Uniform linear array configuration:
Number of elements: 4
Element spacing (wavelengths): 0.25
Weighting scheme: binomial
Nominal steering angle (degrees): -15
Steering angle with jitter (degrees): -15.041
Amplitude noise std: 0.05
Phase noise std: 0.05

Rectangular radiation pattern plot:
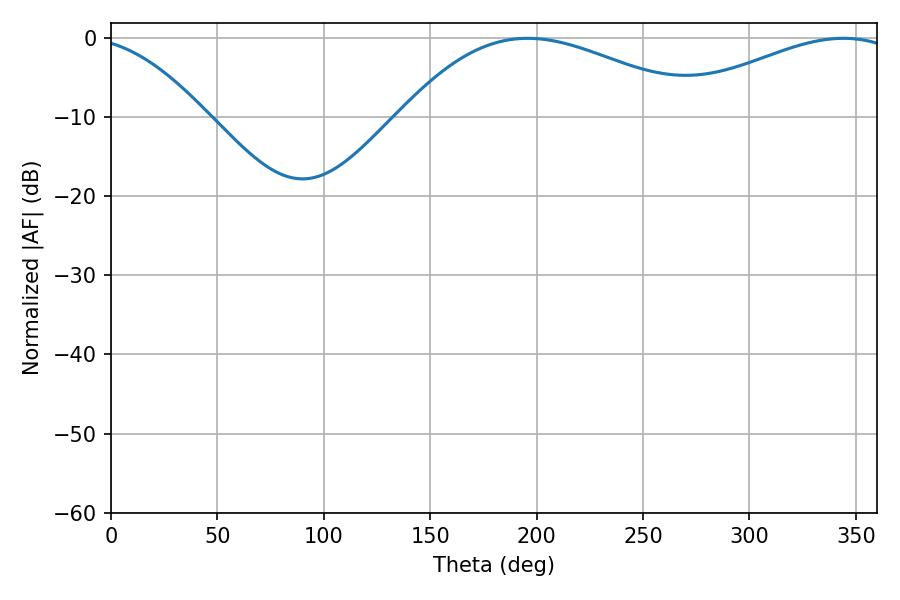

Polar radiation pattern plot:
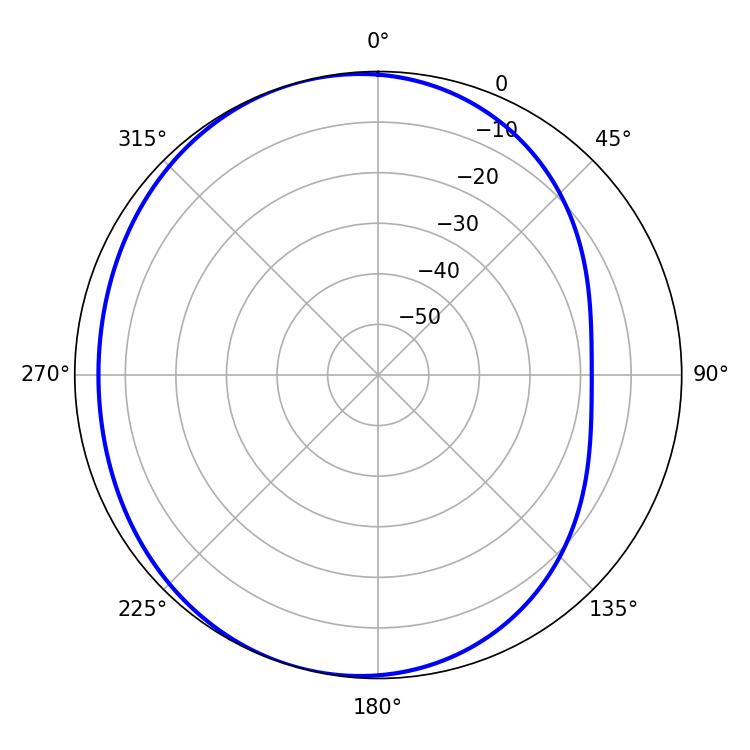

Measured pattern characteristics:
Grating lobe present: FALSE
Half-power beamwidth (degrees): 77.58
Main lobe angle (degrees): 195.84